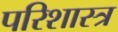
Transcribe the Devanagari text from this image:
परिशास्त्र